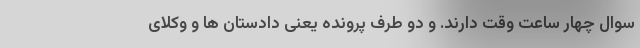
سوال چهار ساعت وقت دارند. و دو طرف پرونده یعنی دادستان ها و وکلای